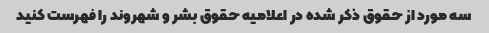
سه مورد از حقوق ذکر شده در اعلامیه حقوق بشر و شهروند را فهرست کنید